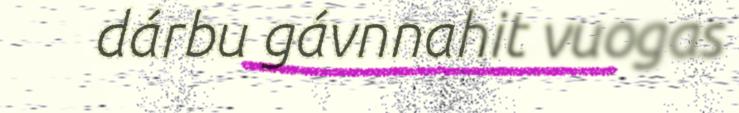
dárbu gávnnahit vuogas